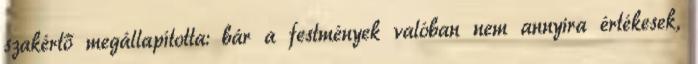
szakértő megállapította: bár a festmények valóban nem annyira értékesek,